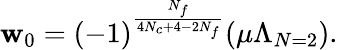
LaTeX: \mathbf{w}_{0}=(-1)^{\frac{{N_{f}}}{{4N_{c}+4-2N_{f}}}}(\mu\Lambda_{N=2}).